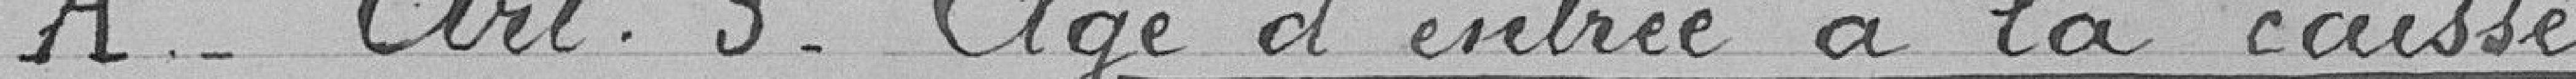
A-. Art 3. Age d'entrée à la caisse